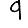
Digit: 9